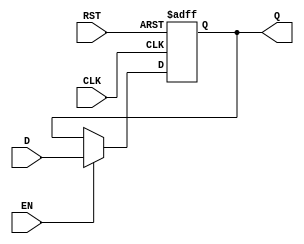
module store_register (
    input wire [N-1:0] D,      // Data input
    input wire CLK,            // Clock input
    input wire EN,             // Enable input
    input wire RST,            // Reset input
    output reg [N-1:0] Q       // Data output
);
    parameter N = 8;           // Width of the register (can be adjusted)

    // Asynchronous reset and synchronous operation
    always @(posedge CLK or posedge RST) begin
        if (RST) begin
            Q <= {N{1'b0}};    // Set output Q to 0 on reset
        end else if (EN) begin
            Q <= D;            // Capture data input D on clock edge if enabled
        end
        // If EN is low, Q remains unchanged (latch behavior)
    end

endmodule